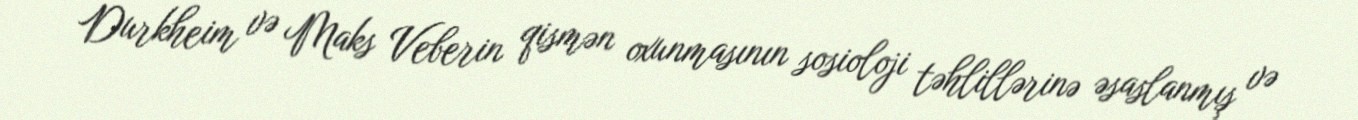
Durkheim və Maks Veberin qismən oxunmasının sosioloji təhlillərinə əsaslanmış və